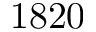
1 8 2 0